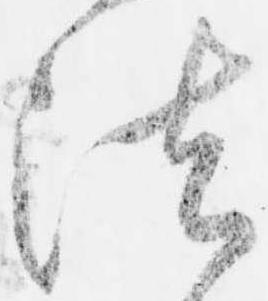
法